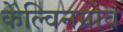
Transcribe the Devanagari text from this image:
केल्विनग्रोव